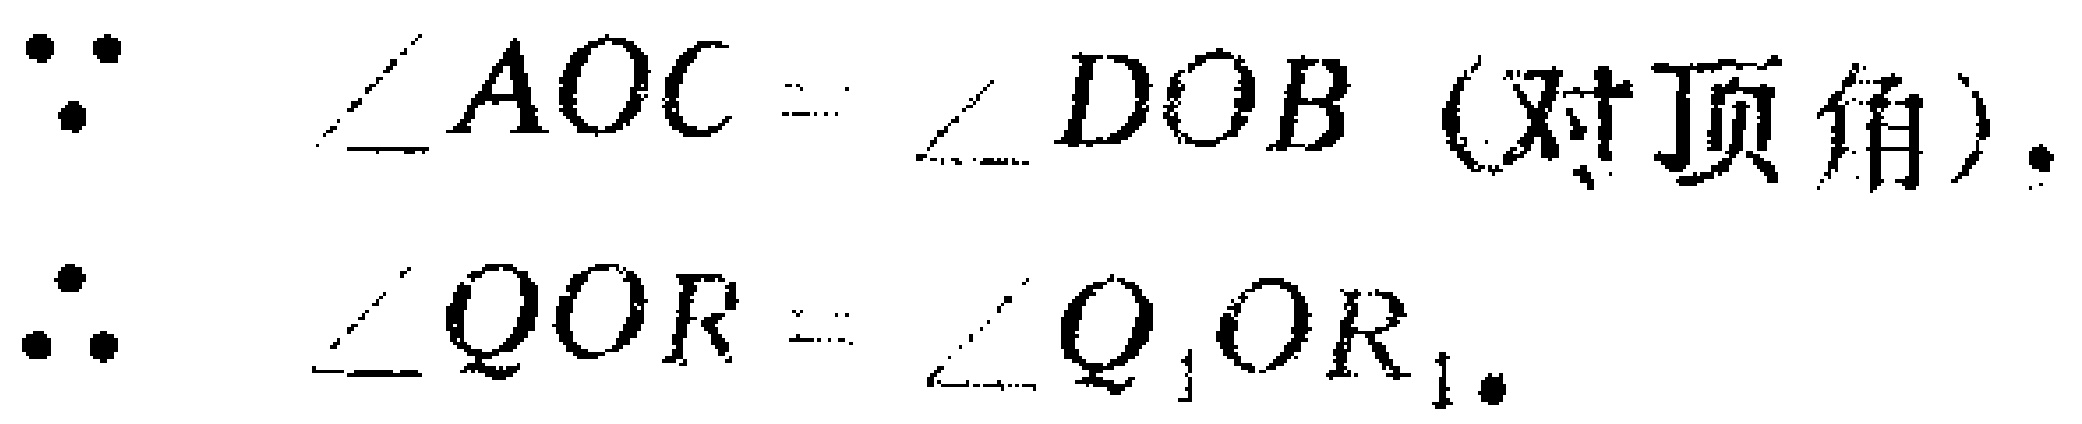
\(\because \angle AOC = \angle DOB\)（对顶角）.

\(\therefore \angle QOR=\angle Q_{1}OR_{1}\).